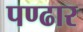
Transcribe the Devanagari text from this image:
पण्‍ढार